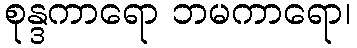
စုန္ဒကာရော ဘမကာရော၊